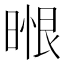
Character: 𭦼